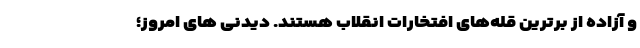
و آزاده از برترین قله‌های افتخارات انقلاب هستند. دیدنی های امروز؛